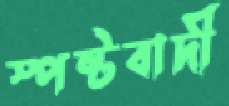
স্পষ্টবাদী